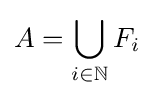
A=\bigcup _{i\in \mathbb {N} }F_{i}